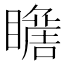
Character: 𱳑